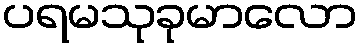
ပရမသုခုမာလော